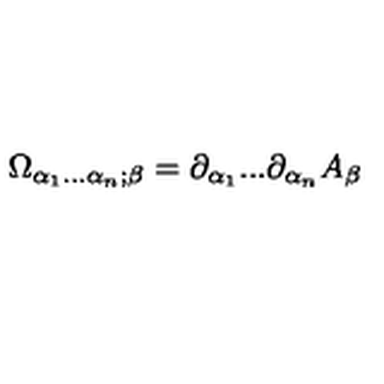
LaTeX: \Omega _ { \alpha _ { 1 } . . . \alpha _ { n } ; \beta } = \partial _ { \alpha _ { 1 } } . . . \partial _ { \alpha _ { n } } A _ { \beta }